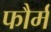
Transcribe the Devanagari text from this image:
फौर्म